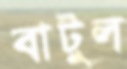
বাটুল